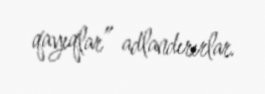
qayıqlar” adlandırırlar.